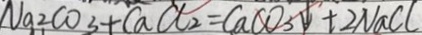
N a _ { 2 } C O _ { 3 } + C a C l _ { 2 } = C a C O _ { 3 } \downarrow + 2 N a C l